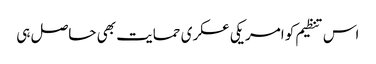
اس تنظیم کو امریکی عسکری حمایت بھی حاصل ہی